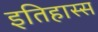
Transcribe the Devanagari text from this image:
इतिहास्स